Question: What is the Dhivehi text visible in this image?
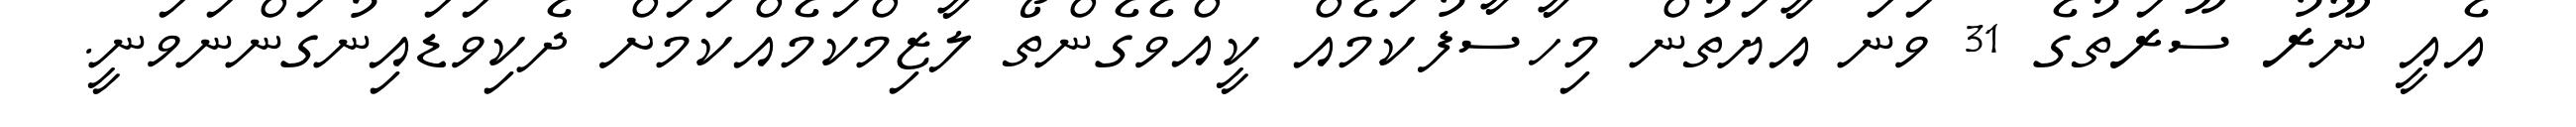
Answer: އެއީ ނޫރު ސޫރަތުގެ 31 ވަނަ އާޔަތުން މިހާސާފުކަމެއް ކީއްވެގެންތޯ ލާޒިމްކަމެއްކަމަށް ދެކިވަޑައިނުގަންނަވަނީ.